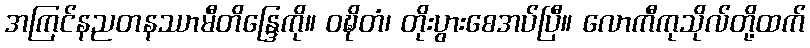
အကြင်နညတနဿာမီတိန္ဒြေကို။ ဝဍ္ဎိတံ၊ တိုးပွားစေအပ်ပြီ။ လောကီကုသိုလ်တို့ထက်